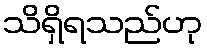
သိရှိရသည်ဟု